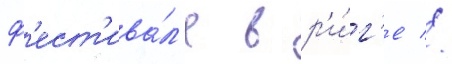
ф'ест'ива́л'е в р'и́г'е //